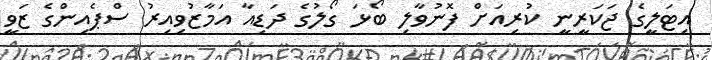
އިޓަލީގެ ޖަކަރީނީ ކުރިއަށް ފޮނުވާލި ބޯޅަ ގޯލުގެ ދަޑިއާ އަމާޒުވިއިރު ސްޕެއިންގެ ޒަވީ